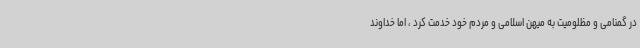
در گمنامی و مظلومیت به میهن اسلامی و مردم خود خدمت کرد ، اما خداوند